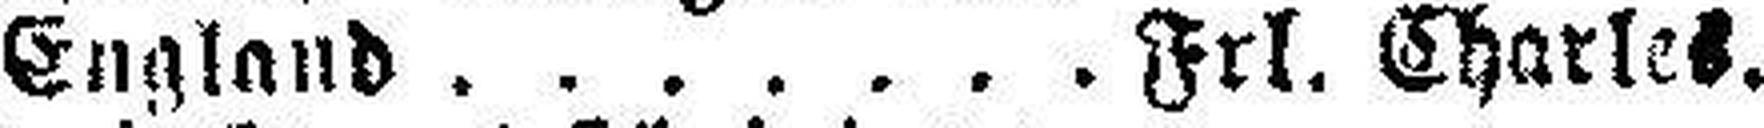
England Frl. Charles.